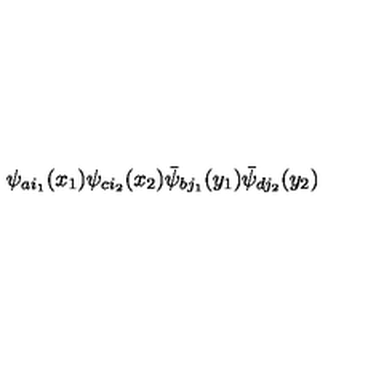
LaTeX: \psi _ { a i _ { 1 } } ( x _ { 1 } ) \psi _ { c i _ { 2 } } ( x _ { 2 } ) \bar { \psi } _ { b j _ { 1 } } ( y _ { 1 } ) \bar { \psi } _ { d j _ { 2 } } ( y _ { 2 } )